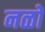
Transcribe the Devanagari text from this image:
नळों